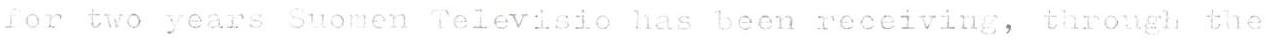
for two years Suomen Televisio has been receiving, through the